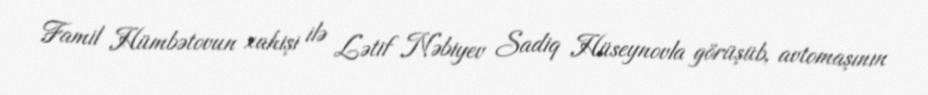
Famil Hümbətovun xahişi ilə Lətif Nəbiyev Sadiq Hüseynovla görüşüb, avtomaşının